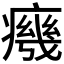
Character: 𭼧